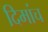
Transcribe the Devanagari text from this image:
दिमांच